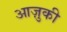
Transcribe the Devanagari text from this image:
आज़ुकी